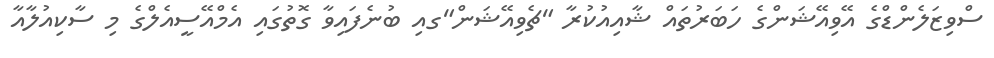
ސްވިޒަލެންޑްގެ އޭވިއޭޝަންގެ ހަބަރުތައް ޝާއިއުކުރާ "ޗެވިއޭޝަން"ގއި ބުނެފައިވާ ގޮތުގައި އެމްއޭސީއެލްގެ މި ސާކިއުލާއާ